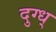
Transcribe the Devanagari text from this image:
दुग्ध्